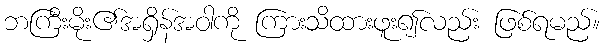
ဘကြီးမိုး၏အရှိန်အဝါကို ကြားသိထားဖူး၍လည်း ဖြစ်ရမည်။